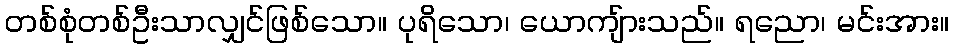
တစ်စုံတစ်ဦးသာလျှင်ဖြစ်သော။ ပုရိသော၊ ယောကျ်ားသည်။ ရညော၊ မင်းအား။